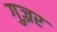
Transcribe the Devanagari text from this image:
गुज़्रर